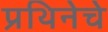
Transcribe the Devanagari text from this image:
प्रथिनेचे